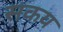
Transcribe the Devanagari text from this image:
सकय